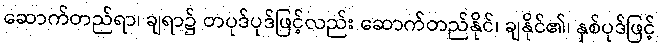
ဆောက်တည်ရာ၊ ချရာ၌ တပုဒ်ပုဒ်ဖြင့်လည်း ဆောက်တည်နိုင်၊ ချနိုင်၏၊ နှစ်ပုဒ်ဖြင့်